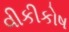
વીકીકોષ